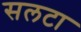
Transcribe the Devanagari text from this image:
सलटा